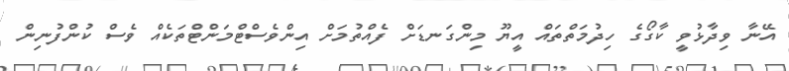
އޭނާ ވިދާޅުވީ ކާގޯގެ ހިދުމަތްތައް އީޔޫ މިންގަނޑަށް ފެއްތުމަށް އިންވެސްޓްމަންޓްތަކެއް ވެސް ކުންފުނިން